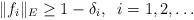
LaTeX: \begin{align*}\|f_i\|_E\ge 1-\delta_i,\;\;i=1,2,\dots\end{align*}